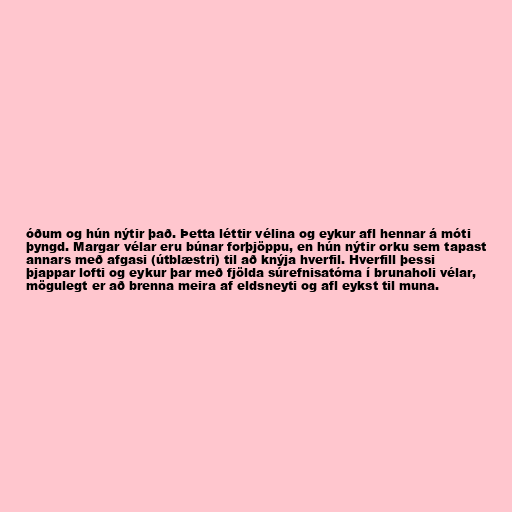
óðum og hún nýtir það. Þetta léttir vélina og eykur afl hennar á móti
þyngd. Margar vélar eru búnar forþjöppu, en hún nýtir orku sem tapast
annars með afgasi (útblæstri) til að knýja hverfil. Hverfill þessi
þjappar lofti og eykur þar með fjölda súrefnisatóma í brunaholi vélar,
mögulegt er að brenna meira af eldsneyti og afl eykst til muna.